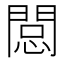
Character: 𨴽